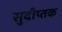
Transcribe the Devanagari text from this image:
सुदीप्तक